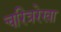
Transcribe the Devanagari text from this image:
चरित्ररेखा